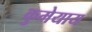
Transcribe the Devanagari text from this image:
कुमेयाय